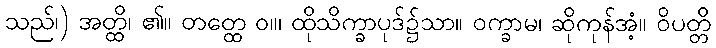
သည်၊) အတ္ထိ၊ ၏။ တတ္ထေ ဝ။၊ ထိုသိက္ခာပုဒ်၌သာ။ ဝက္ခာမ၊ ဆိုကုန်အံ့။ ဝိပတ္တိ